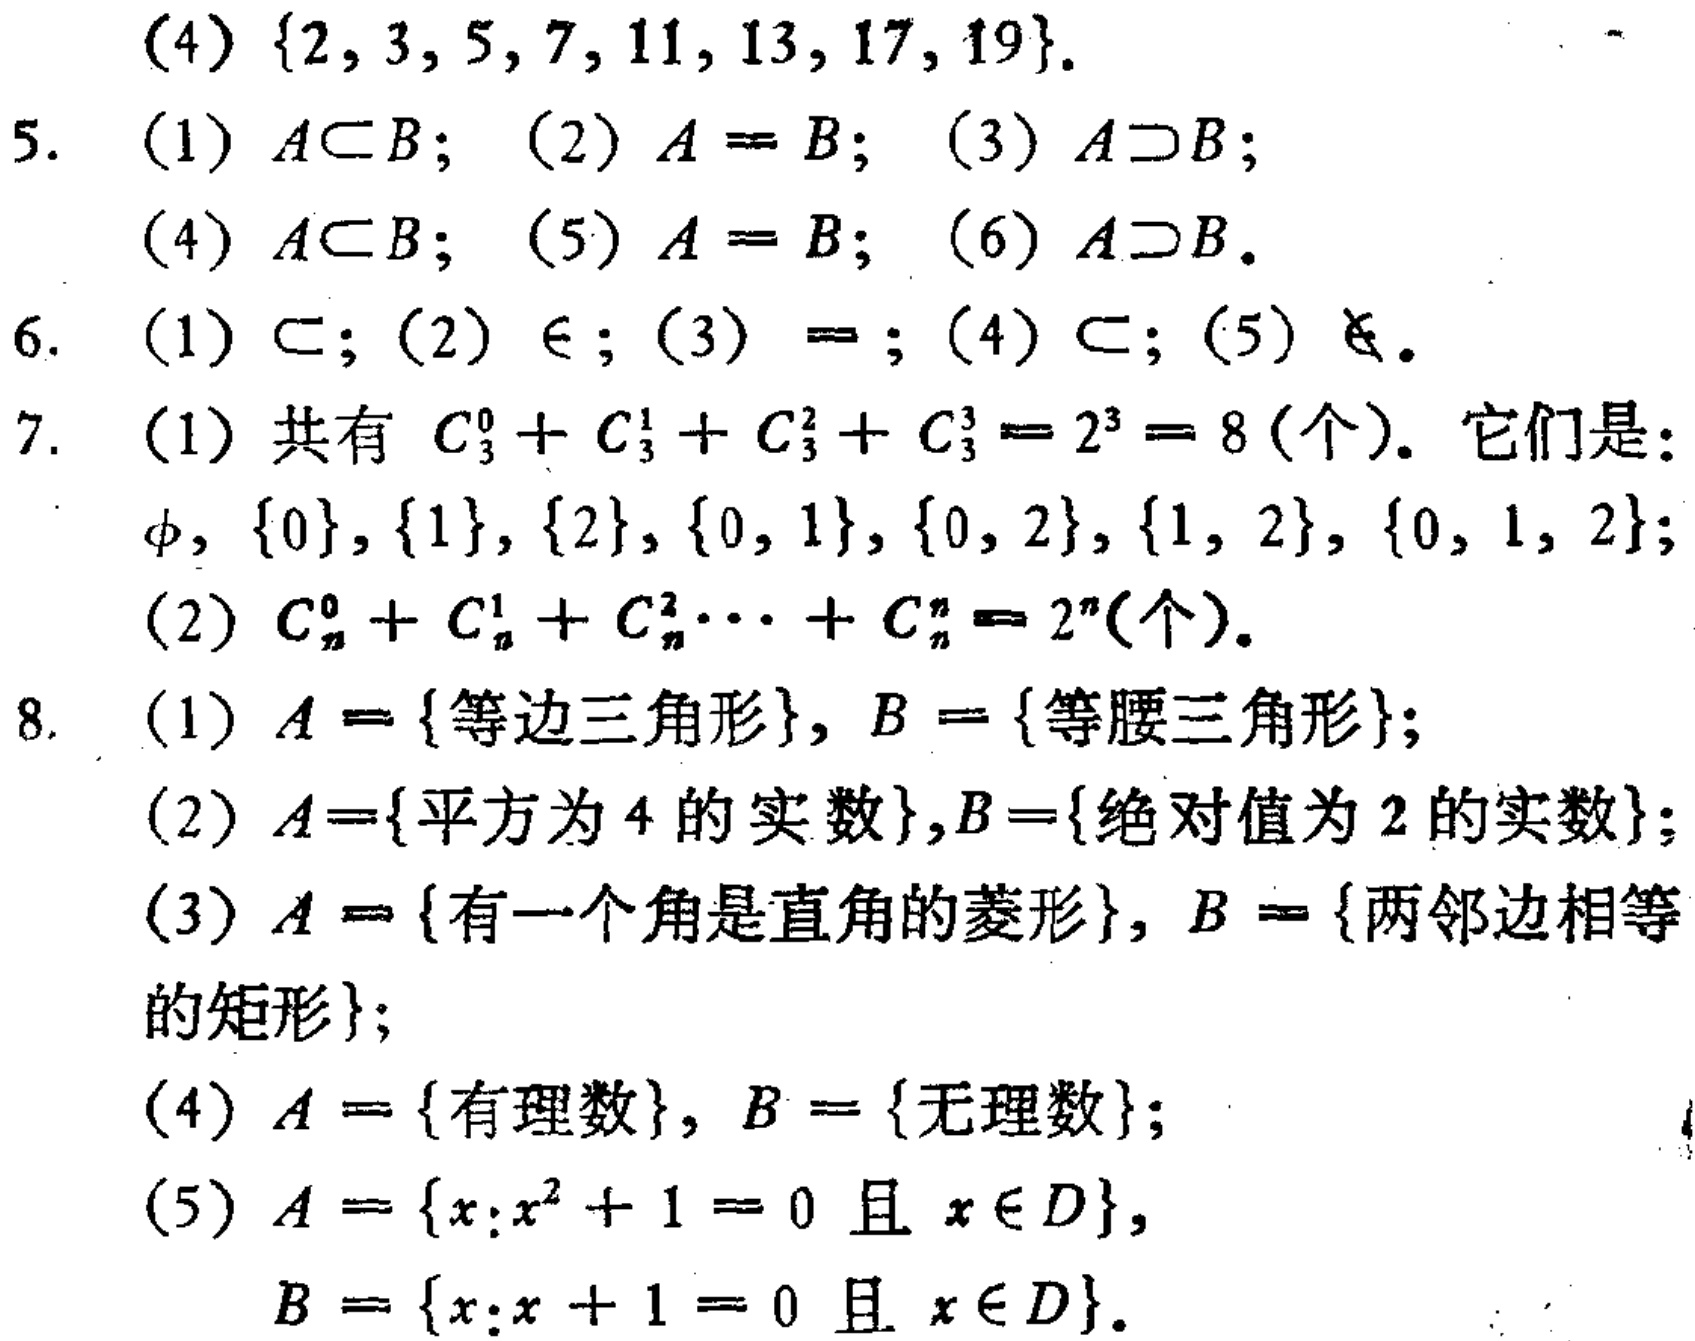
(4) \(\{2,3,5,7,11,13,17,19\}\).

5. (1) \(A\subset B\); (2) \(A = B\); (3) \(A\supset B\);

(4) \(A\subset B\); (5) \(A = B\); (6) \(A\supset B\).

6. (1) \(\subset\); (2) \(\in\); (3) \(=\); (4) \(\subset\); (5) \(\not\subset\).

7. (1) 共有 \(C_{3}^{0}+C_{3}^{1}+C_{3}^{2}+C_{3}^{3}=2^{3}=8\) (个). 它们是:

\(\varnothing\), \(\{0\}\), \(\{1\}\), \(\{2\}\), \(\{0,1\}\), \(\{0,2\}\), \(\{1,2\}\), \(\{0,1,2\}\);

(2) \(C_{n}^{0}+C_{n}^{1}+C_{n}^{2}\cdots +C_{n}^{n}=2^{n}\) (个).

8. (1) \(A = \{\text{等边三角形}\}\), \(B = \{\text{等腰三角形}\}\);

(2) \(A = \{\text{平方为}4\text{的实数}\}\), \(B = \{\text{绝对值为}2\text{的实数}\}\);

(3) \(A = \{\text{有一个角是直角的菱形}\}\), \(B = \{\text{两邻边相等的矩形}\}\);

(4) \(A = \{\text{有理数}\}\), \(B = \{\text{无理数}\}\);

(5) \(A = \{x:x^{2}+1 = 0\text{ 且 }x\in D\}\),

\(B = \{x:x + 1 = 0\text{ 且 }x\in D\}\).